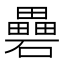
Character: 礨